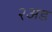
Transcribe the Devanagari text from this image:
२अड